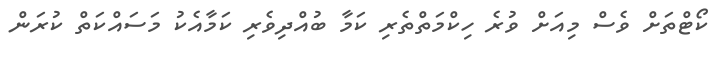
ކޯޓްތަށް ވެސް މިއަށް ވުރެ ހިކްމަތްތެރި ކަމާ ބުއްދިވެރި ކަމާއެކު މަސައްކަތް ކުރަން